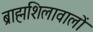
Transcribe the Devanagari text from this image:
ब्राह्मशिलावालों